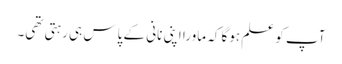
آپ کو علم ہوگا کہ ماورا اپنی نانی کے پاس ہی رہتی تھی۔